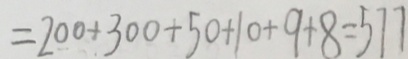
= 2 0 0 + 3 0 0 + 5 0 + 1 0 + 9 + 8 = 5 7 7